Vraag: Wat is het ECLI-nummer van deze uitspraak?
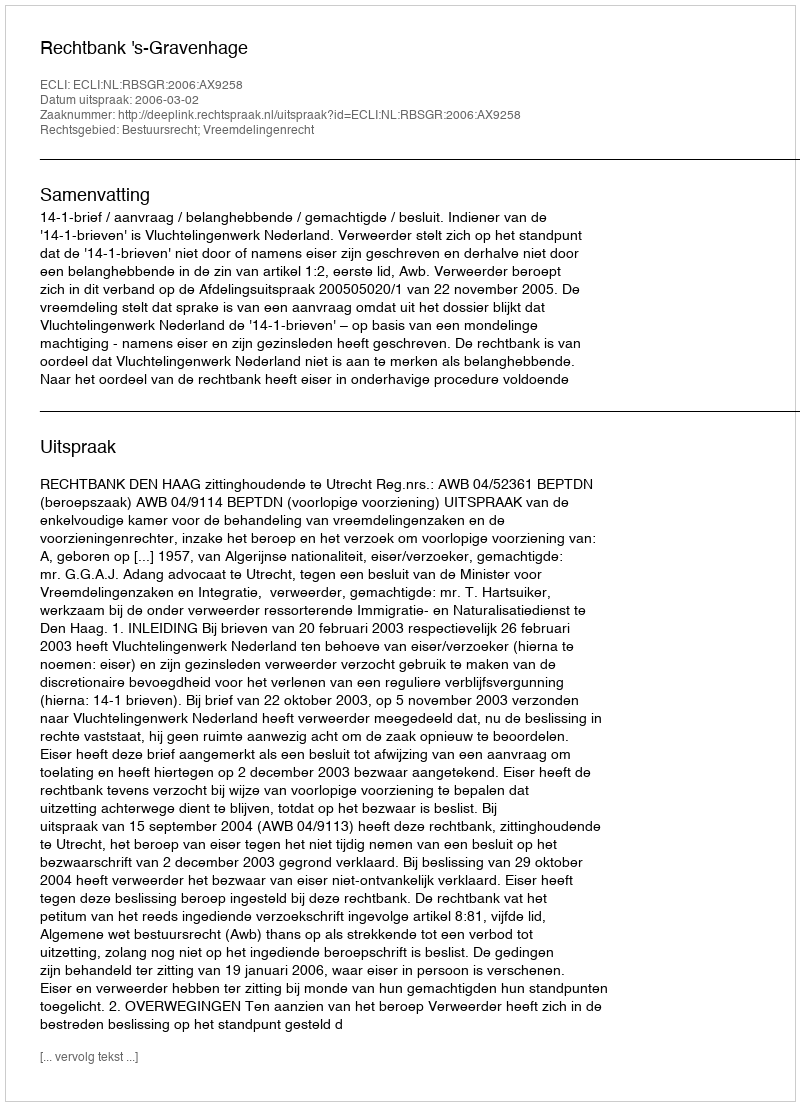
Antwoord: ECLI:NL:RBSGR:2006:AX9258